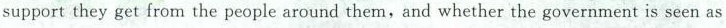
support they get from the people around them, and whether the government is seen as